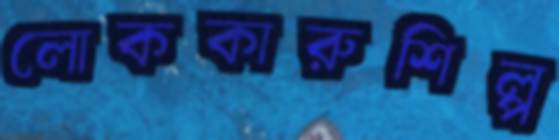
লোককারুশিল্প